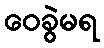
ဝေခွဲမရ